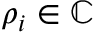
\rho _ { i } \in \mathbb { C }